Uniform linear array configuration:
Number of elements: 24
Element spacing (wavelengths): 1
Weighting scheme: exponential
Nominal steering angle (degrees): -60
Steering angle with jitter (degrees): -61.401
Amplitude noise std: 0.05
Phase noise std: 0.05

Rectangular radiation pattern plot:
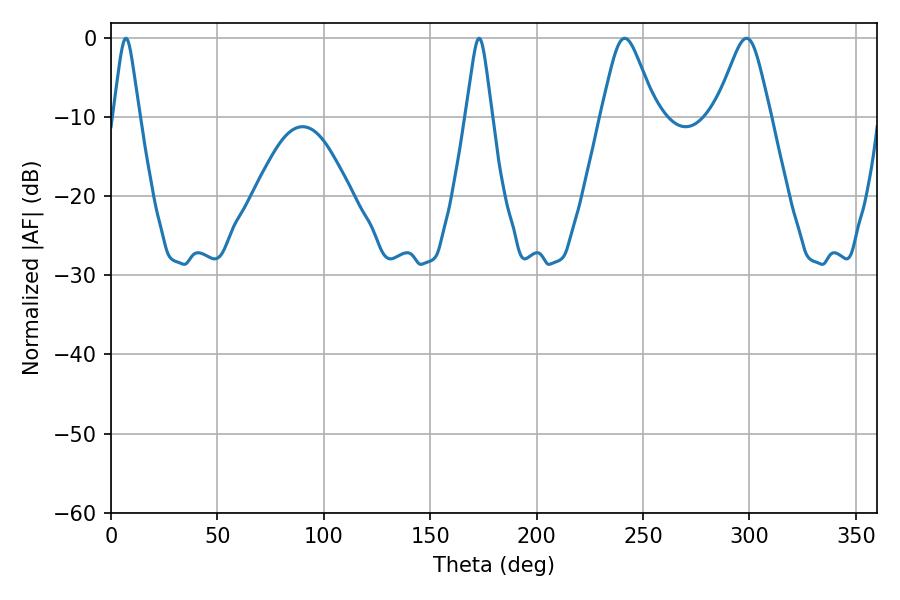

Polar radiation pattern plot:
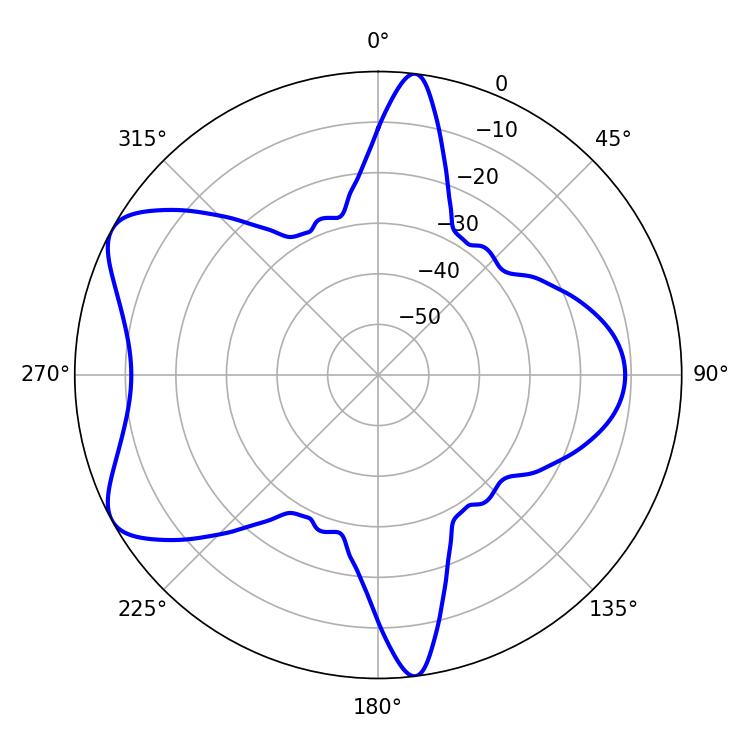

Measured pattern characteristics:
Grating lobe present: TRUE
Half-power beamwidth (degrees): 5.76
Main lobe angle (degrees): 7.02